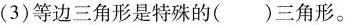
(3)等边三角形是特殊的()三角形。